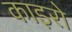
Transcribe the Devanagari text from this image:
काइरो